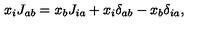
x _ { i } J _ { a b } = x _ { b } J _ { i a } + x _ { i } \delta _ { a b } - x _ { b } \delta _ { i a } ,